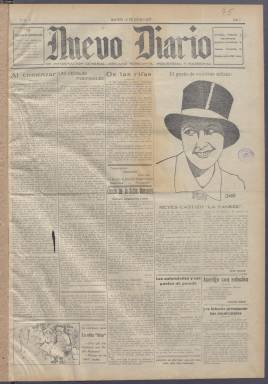
Título: Nuevo diario de información general
Otros títulos: Nuevo diario
Colección: Periódicos
Ámbito geográfico: Madrid
Lugar de publicación: Madrid
Fechas: 15/07/1927-27/08/1927